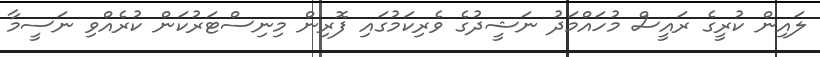
ލައިން ކުރީގެ ރައީސް މުހައްމަދު ނަޝީދުގެ ވެރިކަމުގައި ފޮރިން މިނިސްޓަރުކަން ކުރެއްވި ނަސީމާ